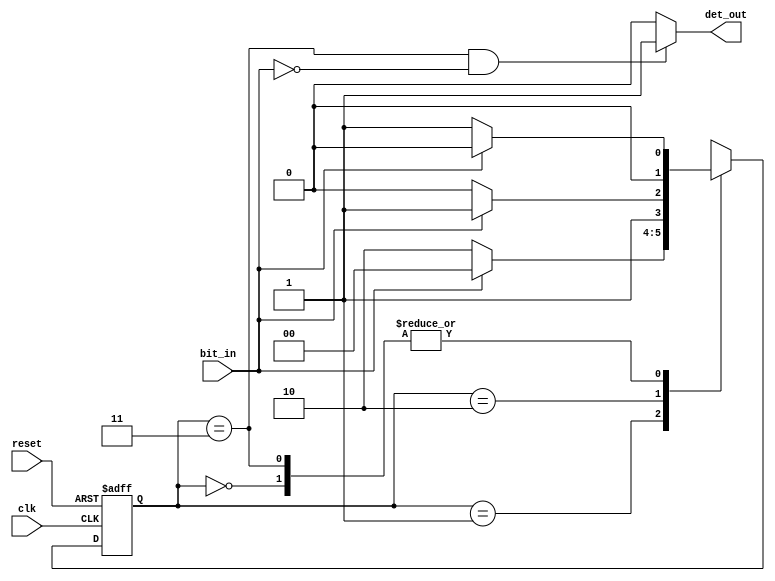
// Serial Input BitStream Pattern Detector
module fsm_bspd(clk, reset, bit_in, det_out);
input clk, reset, bit_in;
output det_out;

////////////////////////////////////////////////////////////

reg [1:0] currentstate,nextstate;
parameter s0=2'b00,
          s1=2'b01,
          s2=2'b10,
          s3=2'b11;
          
//current state
always@(posedge clk,posedge reset)
 if(reset)
   currentstate<=s0;
 else
   currentstate<=nextstate;
   
//nextstate
always@(currentstate,bit_in)
  case(currentstate)
    s0:nextstate=bit_in?s0:s1;
    s1:nextstate=bit_in?s0:s2;
    s2:nextstate=bit_in?s3:s2;
    s3:nextstate=bit_in?s0:s1;
    default:nextstate=s0;
endcase
    
//output
 assign det_out=((currentstate==s3)&&(bit_in==0))?1:0;



////////////////////////////////////////////////////////////
endmodule